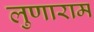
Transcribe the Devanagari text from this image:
लुणाराम